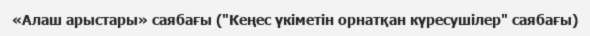
«Алаш арыстары» саябағы ("Кеңес үкіметін орнатқан күресушілер" саябағы)